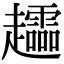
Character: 𧾮